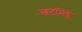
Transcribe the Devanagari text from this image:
खटमिट्ठे